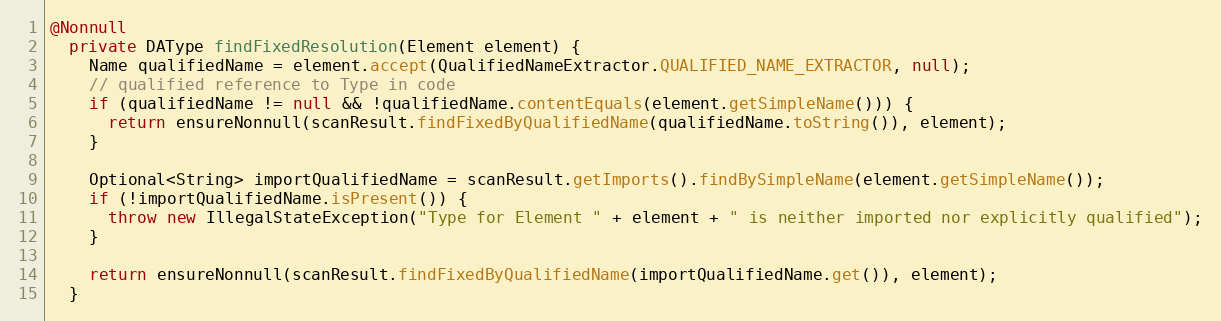
Language: Java
@Nonnull
  private DAType findFixedResolution(Element element) {
    Name qualifiedName = element.accept(QualifiedNameExtractor.QUALIFIED_NAME_EXTRACTOR, null);
    // qualified reference to Type in code
    if (qualifiedName != null && !qualifiedName.contentEquals(element.getSimpleName())) {
      return ensureNonnull(scanResult.findFixedByQualifiedName(qualifiedName.toString()), element);
    }

    Optional<String> importQualifiedName = scanResult.getImports().findBySimpleName(element.getSimpleName());
    if (!importQualifiedName.isPresent()) {
      throw new IllegalStateException("Type for Element " + element + " is neither imported nor explicitly qualified");
    }

    return ensureNonnull(scanResult.findFixedByQualifiedName(importQualifiedName.get()), element);
  }